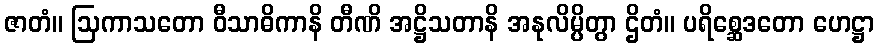
ဇာတံ။ ဩကာသတော ဝီသာဓိကာနိ တီဏိ အဋ္ဌိသတာနိ အနုလိမ္ပိတွာ ဌိတံ။ ပရိစ္ဆေဒတော ဟေဋ္ဌာ